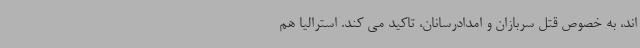
اند، به خصوص قتل سربازان و امدادرسانان، تاکید می کند. استرالیا هم